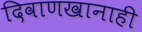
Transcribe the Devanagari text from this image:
दिवाणखानाही